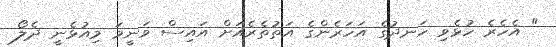
" އެހެރެ ހުޅެވި ހަނދުގެ އަހަރެންގެ އަތުތެރެއަށް އައިސް ވަނީމަ މިއުޅެނީ ދެލޯ